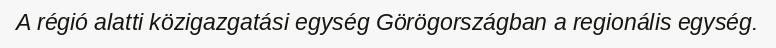
A régió alatti közigazgatási egység Görögországban a regionális egység.